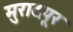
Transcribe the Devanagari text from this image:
मुरादपूर